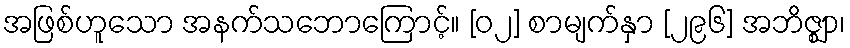
အဖြစ်ဟူသော အနက်သဘောကြောင့်။ [၀၂] စာမျက်နှာ [၂၉၆] အဘိဇ္ဈာ၊